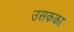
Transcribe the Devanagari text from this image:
उसकका